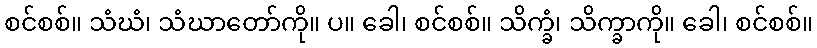
စင်စစ်။ သံဃံ၊ သံဃာတော်ကို။ ပ။ ခေါ၊ စင်စစ်။ သိက္ခံ၊ သိက္ခာကို။ ခေါ၊ စင်စစ်။